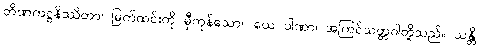
တိဏကဋ္ဌနိဿိတာ၊ မြက်ထင်းကို မှီကုန်သော။ ယေ ပါဏာ၊ အကြင်သတ္တဝါတို့သည်။ သန္တိ၊